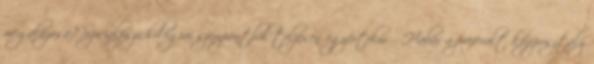
megalázása? Szociálpszichológiai szempontból teljesen egyértelmű. Habár a preferált középosztály